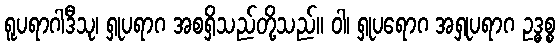
ရူပရာဂါဒီသု၊ ရှုပရာဂ အစရှိသည်တို့သည်။ ဝါ၊ ရှုပရောဂ အရှုပရာဂ ဥဒ္ဓစ္စ